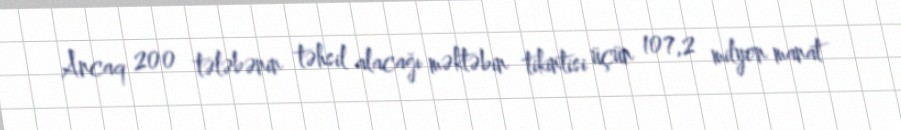
Ancaq 200 tələbənin təhsil alacağı məktəbin tikintisi üçün 107,2 milyon manat